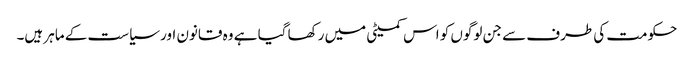
حکومت کی طرف سے جن لوگوں کو اس کمیٹی میں رکھا گیا ہے وہ قانون اور سیاست کے ماہر ہیں۔